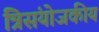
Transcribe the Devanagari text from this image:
त्रिसंयोजकीय